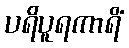
ပရိပူရကာရိံ